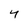
Character: 4